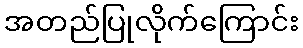
အတည်ပြုလိုက်ကြောင်း